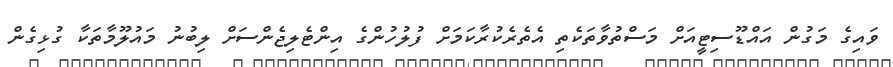
ވައިގެ މަގުން އައްޑޫސިޓީއަށް މަސްތުވާތަކެތި އެތެރެކުރާކަމަށް ފުލުހުންގެ އިންޓެލިޖެންސަށް ލިބުނު މައުލޫމާތަކާ ގުޅިގެން